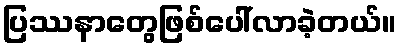
ပြဿနာတွေဖြစ်ပေါ်လာခဲ့တယ်။